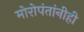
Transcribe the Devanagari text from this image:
मोरोपंतांनीही